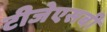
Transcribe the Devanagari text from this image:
टीजेएसबी